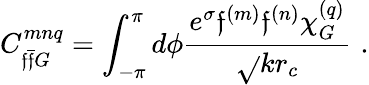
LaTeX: C_{\mathfrak{f}\bar{{\mathfrak{f}}}G}^{mnq}=\int_{-\pi}^{\pi}d\phi\frac{{e^{\sigma}\mathfrak{f}^{(m)}\mathfrak{f}^{(n)}\chi_{G}^{(q)}}}{{\sqrt{}{{kr_{c}}}}}\, \, .